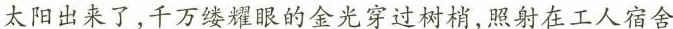
太阳出来了，千万缕耀眼的金光穿过树梢，照射在工人宿舍